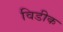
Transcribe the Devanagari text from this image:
विडीक